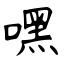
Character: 嘿